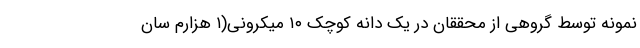
نمونه توسط گروهی از محققان در یک دانه کوچک ۱۰ میکرونی(۱ هزارم سان